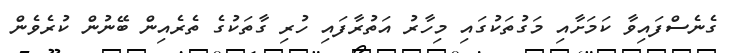
ގެނެސްފައިވާ ކަމަށާއި މަގުތަކުގައި މިހާރު އަތުރާފައި ހުރި ގާތަކުގެ ތެރެއިން ބޭނުން ކުރެވެން